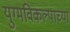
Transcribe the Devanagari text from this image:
युग्मविकल्पाच्या